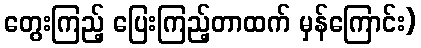
တွေးကြည့် ပြေးကြည့်တာထက် မှန်ကြောင်း)